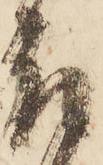
取